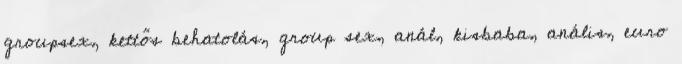
groupsex, kettős behatolás, group sex, anál, kisbaba, anális, euro